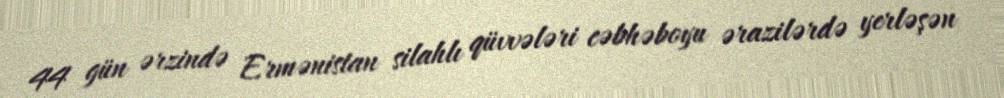
44 gün ərzində Ermənistan silahlı qüvvələri cəbhəboyu ərazilərdə yerləşən